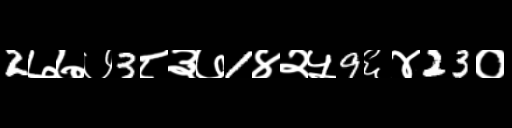
Text: 2७७७3८३७1४२५9६४23०